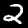
Label: 2